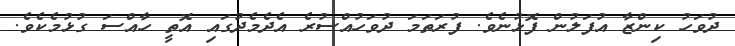
ދުވަހު ކިންޒާ އުފަލުން ފޮޅުނެވެ. ފުރަތަމަ ދުވަހުއްސުރެ އެދެމެދުގައި އޮތީ ހާއްސަ ގުޅުމެކެވެ.